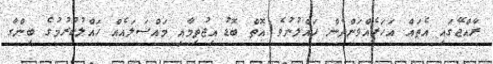
ރާއްޖޭގައި އެތައް އަހަރެއްވަންދެން ހައްލުނުވެ އޮތް ބޮޑު އިޖުތިމާއީ މައްސަލައެއް ހައްލުކުރުމުގެ ބިންގާ